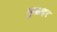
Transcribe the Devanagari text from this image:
कुम्राहर